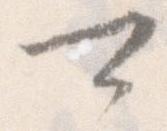
可